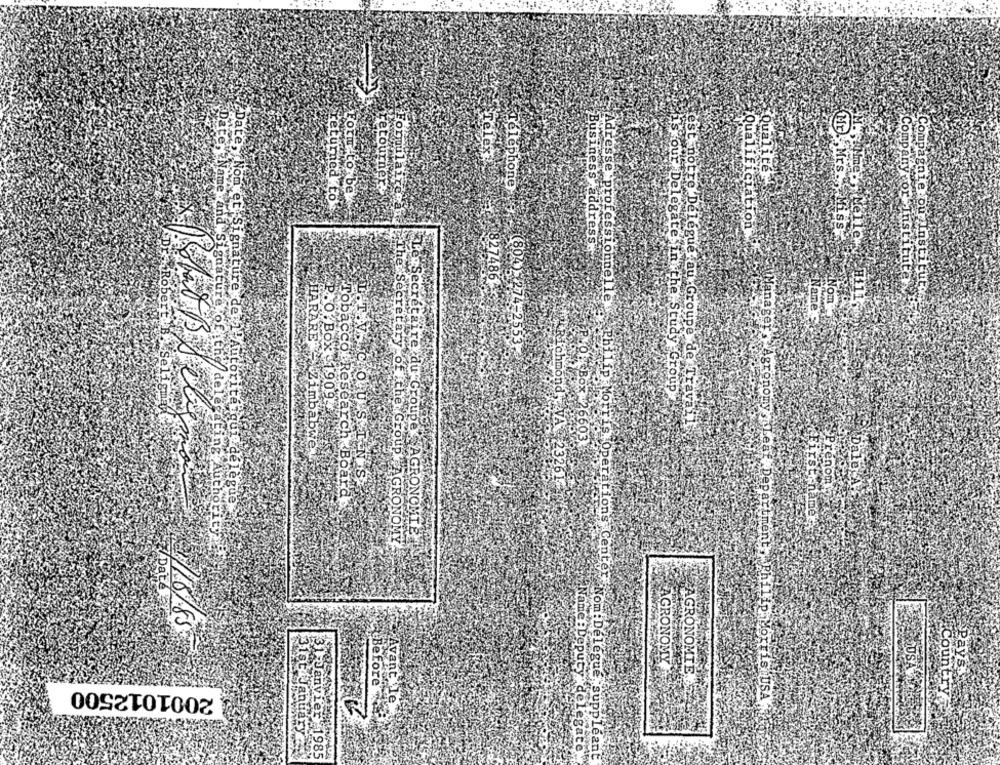
Qualité
AMne
Mrs.
retourner
Telephone
returned to
Forit torbe
Company or
Formulairena
Me
Qualificiation
ss+
Business address
Institute
827486-
"Signature
Compagnie ou Instituty.
Adresse professionnelle
Nom
Name
Manager
et Signature de '
HARARE
804)¥274-2553
Richmond
is our Delegate in the Study Group
FiRobert. B. seligm
1909
P.O.BOX .1909
Philip Mort
est notre Delegue au Groupe de Travai
OBU SET
VO. Box 26603
Zimbabwe
261
NIS.
Tobacco Research Board
qui"délègue,
The Secretary of the Group AGRONOMY
Le Secrétaire du Groupe AGRONOMIE
tions Cente
7/ Dat
1/8/85
AGRONOMY
AGRONOMIE
Pays.
Countr
2001012500
Before"
MOTELS USA
Avant le
31st Januar
31 Janvier 1985
Vame : Deputy delegate.
Nom: Délégué, suppleant